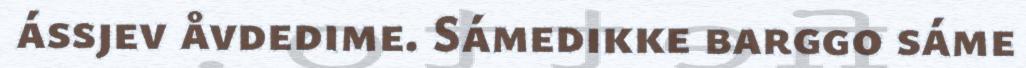
ássjev åvdedime. Sámedikke barggo sáme